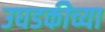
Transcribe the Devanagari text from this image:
उघडकीच्या